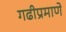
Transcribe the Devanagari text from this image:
गढीप्रमाणे